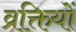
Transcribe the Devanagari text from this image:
व्रक्तियों